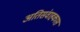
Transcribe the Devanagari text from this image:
अतिसंवाहकास